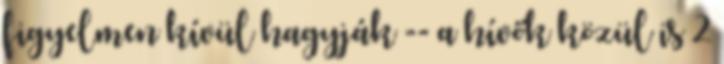
figyelmen kívül hagyják -- a hívők közül is 2